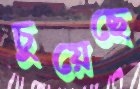
চুয়েছে